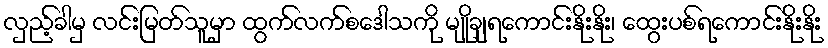
လှည့်ခါမှ လင်းမြတ်သူမှာ ထွက်လက်စဒေါသကို မျိုချရကောင်းနိုးနိုး၊ ထွေးပစ်ရကောင်းနိုးနိုး